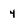
Character: 4